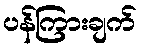
ပန်ကြားချက်